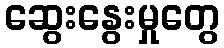
ဆွေးနွေးမှုတွေ